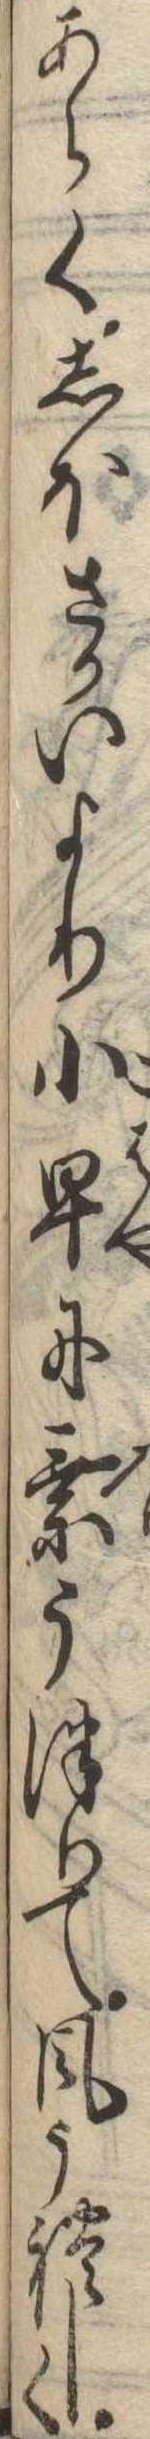
あらくしほさかいより小早に乗うつりて風うれしく